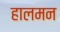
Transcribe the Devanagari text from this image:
हालमन